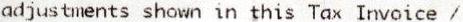
ADJUSTMENTS SHOWN IN THIS TAX INVOICE /